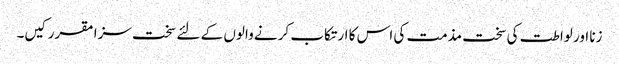
زنا اور لواطت کی سخت مذمت کی اس کا ارتکاب کرنے والوں کے لئے سخت سزا مقرر کیں۔